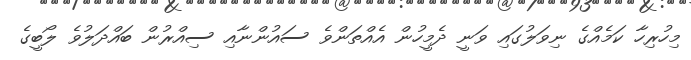
މިހުރިހާ ކަމެއްގެ ނިވަލުގައި ވަނީ ދެމީހުން އެއްތަންވެ ސައުންނާއި ސިއްރުން ބައްދަލުވެ ލޯބީގެ